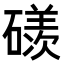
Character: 𥖄